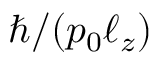
\hbar / ( p _ { 0 } \ell _ { z } )